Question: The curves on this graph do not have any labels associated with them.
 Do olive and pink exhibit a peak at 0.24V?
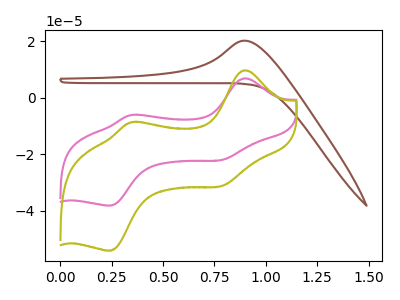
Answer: <think>The brown curve "brown" has an anodic peak at: (0.90V, 20.15uA). The pink curve "pink" has anodic peaks at (0.90V, 6.80uA) (0.35V, -6.15uA) and cathodic peaks at (0.80V, -22.05uA) (0.25V, -38.10uA). The olive curve "olive" has anodic peaks at (0.90V, 9.65uA) (0.35V, -8.70uA) and cathodic peaks at (0.80V, -31.25uA) (0.25V, -54.00uA).</think>
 <answer>Yes, "olive" and "pink" share a peak at 0.24V.</answer>
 <eval>match</eval>